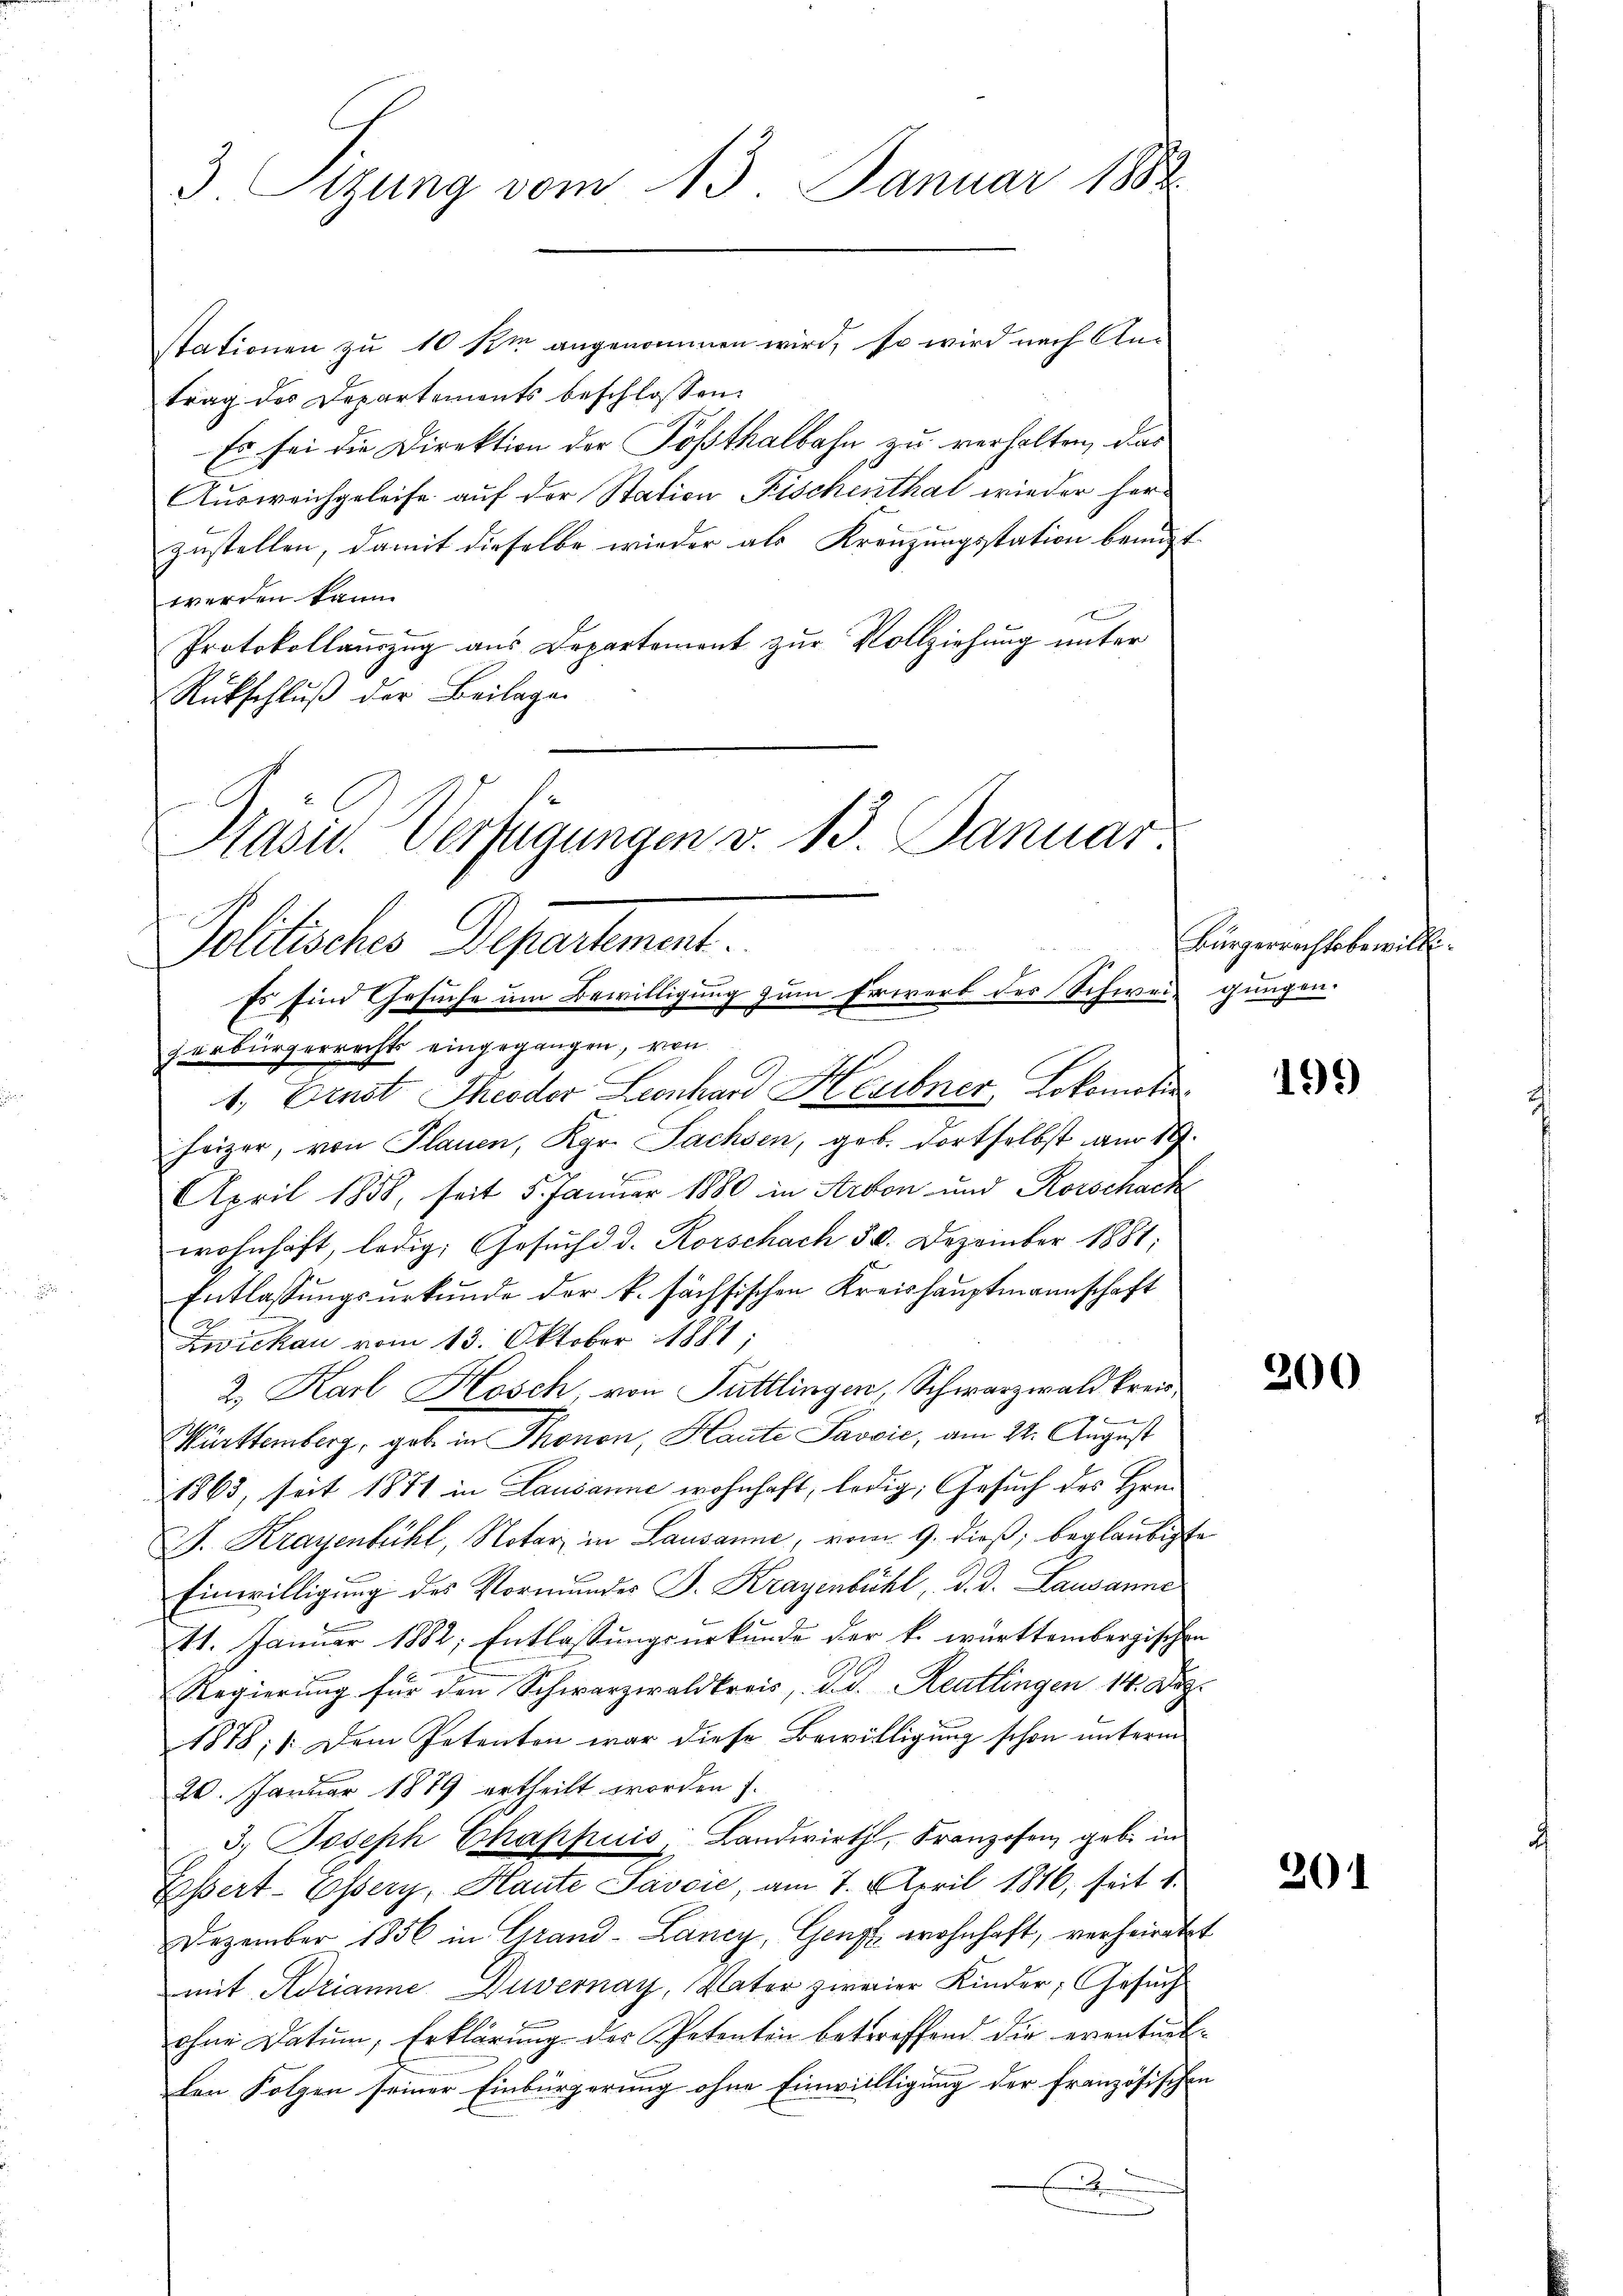
3. Sitzung vom 13. Januar 1882

stationen zu 10 km angenommen wird, so wird nach Antrag des Departements beschlossen:
Es sei die Direktion der Posthalbahn zu verhalten, das
Ausweichgeleise auf der Station Fischenthal wieder herzustellen, damit dieselbe wieder als Kreuzungsstation benutzt
werden kann.
Protokollauszug aus Departement zur Vollziehung unter
Rückschlŭβ der Beilage
Hasu. Verfügungen v. 13. Januar

Politisches Departement.
Es sind Gesuche um Bewilligung zum Erwerb der Schweiz gungen.
zerbürgerrechts eingegangen, von
b

1., Ernst Theodor Leonhard Hesibner, Lokomoti
heizer, von Plauen, Kgr. Sachsen, geb. dortselbst am 19.
April 1858, seit 5. Januar 1880 in Arbon und Korschack
wohnhaft, ledig, Gesuch d. Korschach 50. Dezember 1881;
Entlassungsurkunde der k. sächsischen Kreishauptmannschaft
Zwickau vom 13. Oktober 1881,
2. Karl Kosch, von Tuttlingen, Schwarzwald kreis,
8
Württemberg, geb. in Thonon, Haute Pavvić, am 24. August
1863, seit 1871 in Lausanne wohnhaft, ledig, Gesuch des Hrn.
J. Krayenbühl, Notar in Lausanne, vom 9. dieß, beglaubigte
Einwilligung des Vormundes F. Kragenbühl, d. d. Lausanne
11. Januar 1882; Entlassungsurkunde der k. württembergischen
Regierung für den Schwarzwaldkreis, d. d. Reutlingen 14. Dez.
1878; Dem Petenten war diese Bewilligung schon unterm
20. Januar 1889 ertheilt worden f.
3.) Joseph Chappuis Landwirth, Franzosen gebe in
Erssert-Esery, Haute Savoić, am 7. April 1846, seit 1.
Dezember 1856 in Grand -Lancy, Genf wohnhaft, verheirater
mit Adrianne Duvernay, Vater zweier Kinder, Gesuch
ohne Datum, Erklärung der Petenten betreffend die eventurslen Folgen seiner Einbürgerung ohne Einwilligung der französischen
f

Bürgerrechtsbewill.

r

199)

200

201